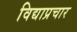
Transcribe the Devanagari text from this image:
विद्याप्रचार